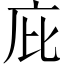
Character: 庇